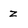
Character: z